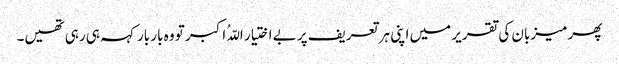
پھر میزبان کی تقریر میں اپنی ہر تعریف پر بے اختیار اللّہُ اکبر تو وہ بار بار کہہ ہی رہی تھیں۔